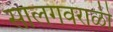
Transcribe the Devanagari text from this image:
सालगवराळी